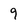
Character: 9